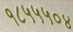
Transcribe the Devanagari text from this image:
१८५५५०४